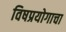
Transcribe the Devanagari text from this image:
विषप्रयोगाचा